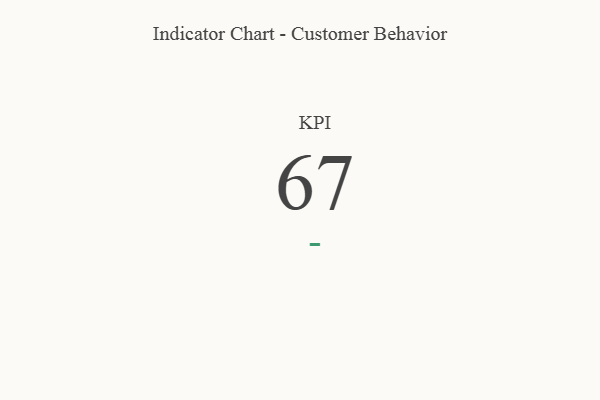
{"axis": {"x": "KPI", "y": "Value"}, "legend": [""], "data": [{"x": "KPI", "y": 67, "type": ""}]}